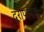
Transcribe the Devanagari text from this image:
दूरीपापक